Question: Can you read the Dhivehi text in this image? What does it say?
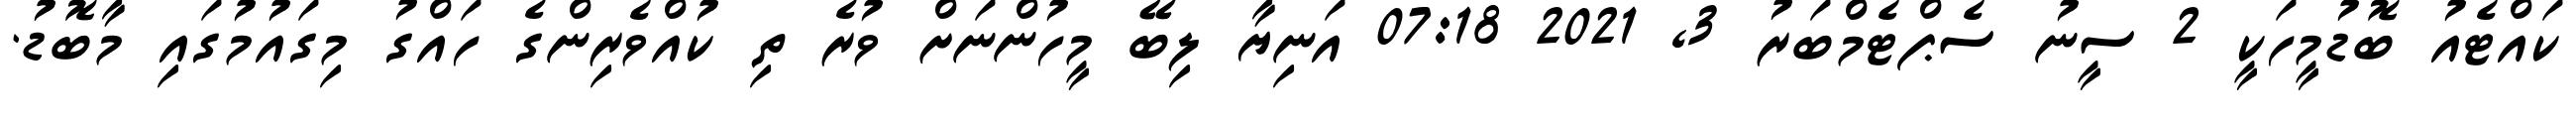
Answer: ކައްޓެއު ބޮޑުމީހަކީ 2 ސީނު ސެޕްޓެމްބަރު 3, 2021 07:18 އަނިޔާ ލިބޭ މީހުންނަށް ވުރެ ތި ކުއްވެރިންގެ ހައްގު މިގައުމުގައި މާބޮޑު.